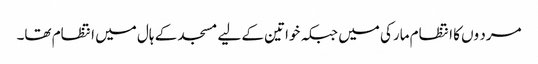
مرد وں کا انتظام مارکی میں جبکہ خواتین کے لیے مسجد کے ہال میں انتظام تھا۔